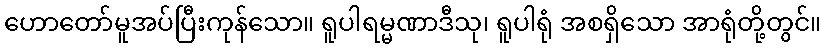
ဟောတော်မူအပ်ပြီးကုန်သော။ ရူပါရမ္မဏာဒီသု၊ ရူပါရုံ အစရှိသော အာရုံတို့တွင်။